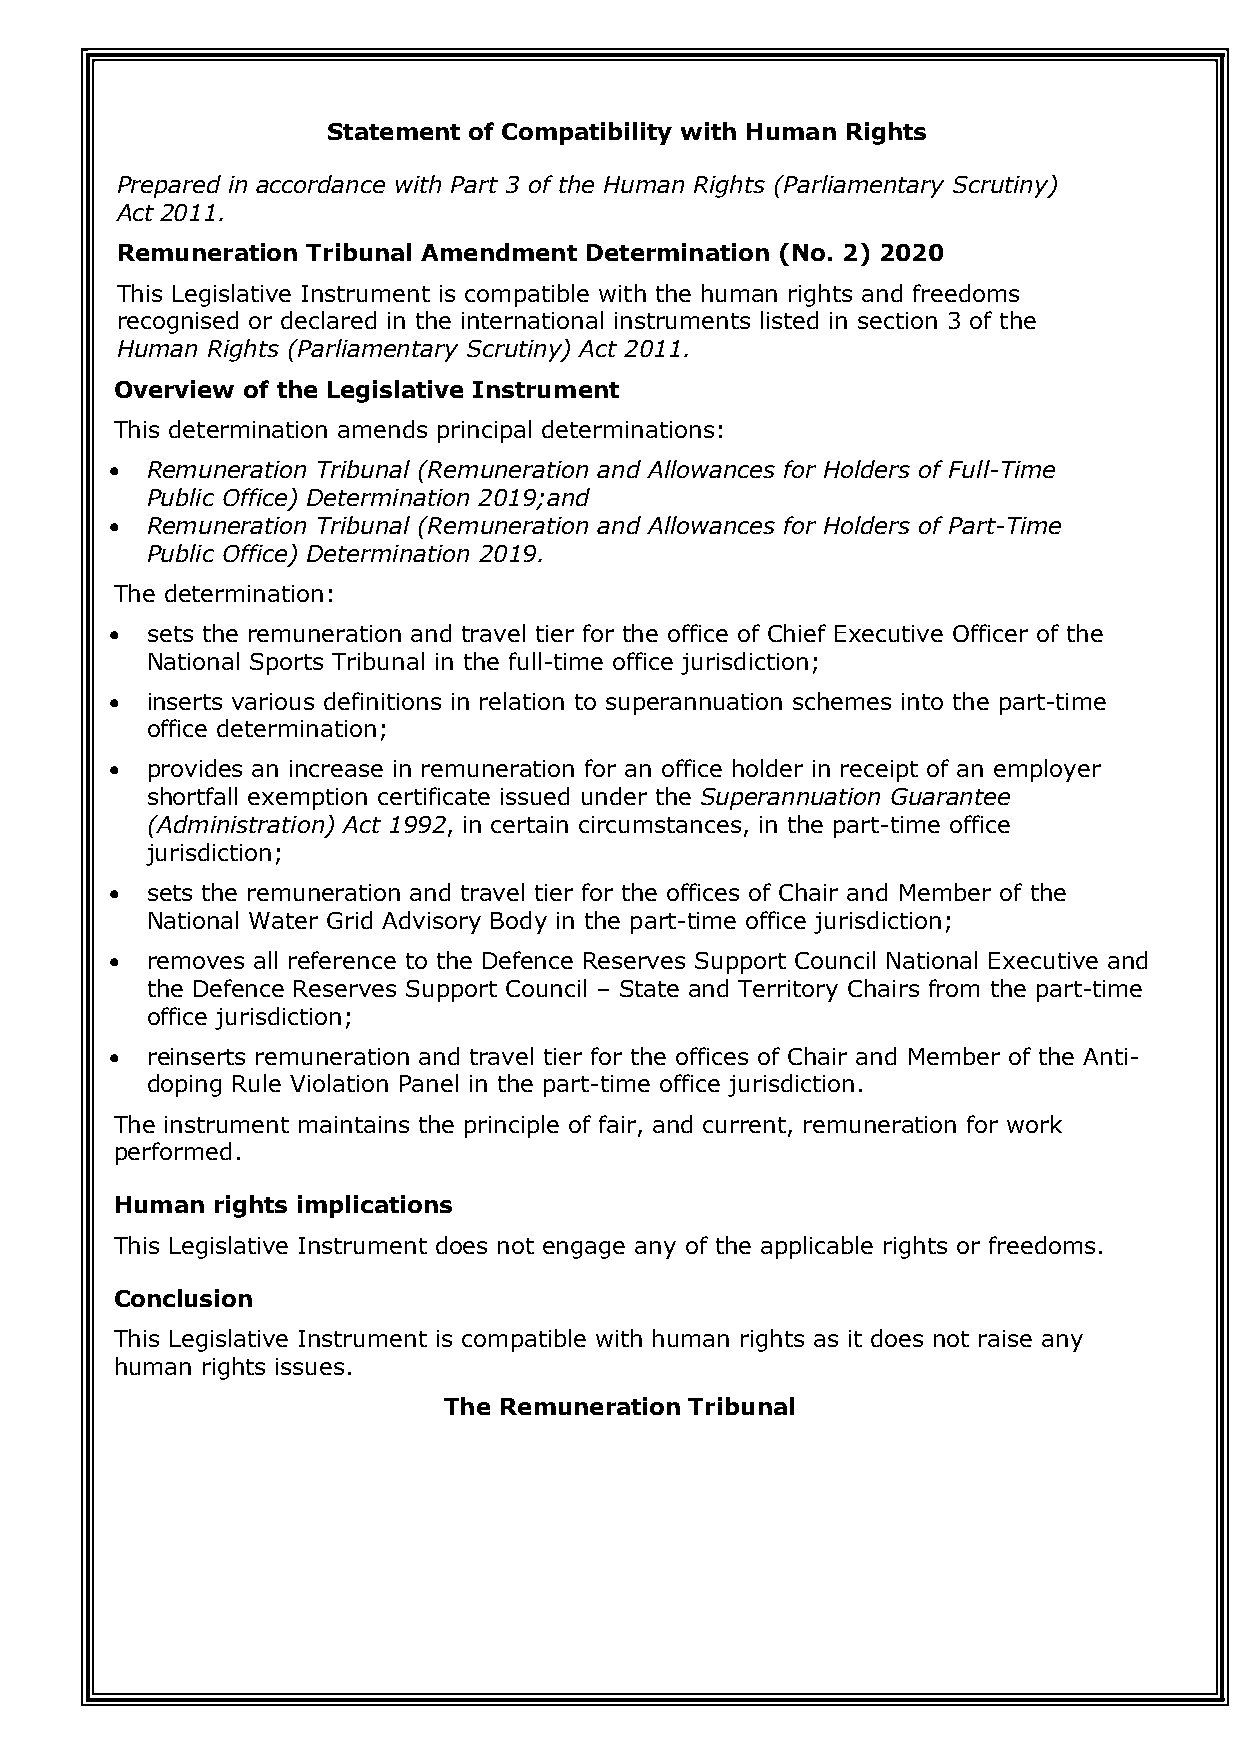
Statement of Compatibility with Human Rights
 Prepared in accordance with Part 3 of the Human Rights (Parliamentary Scrutiny)
 Act 2011.
 Remuneration Tribunal Amendment Determination (No. 2) 2020
 This Legislative Instrument is compatible with the human rights and freedoms
 recognised or declared in the international instruments listed in section 3 of the
 Human Rights (Parliamentary Scrutiny) Act 2011.
 Overview of the Legislative Instrument
 This determination amends principal determinations:
   Remuneration Tribunal (Remuneration and Allowances for Holders of Full-Time
 Public Office) Determination 2019;and
   Remuneration Tribunal (Remuneration and Allowances for Holders of Part-Time
 Public Office) Determination 2019.
 The determination:
   sets the remuneration and travel tier for the office of Chief Executive Officer of the
 National Sports Tribunal in the full-time office jurisdiction;
   inserts various definitions in relation to superannuation schemes into the part-time
 office determination;
   provides an increase in remuneration for an office holder in receipt of an employer
 shortfall exemption certificate issued under the Superannuation Guarantee
 (Administration) Act 1992, in certain circumstances, in the part-time office
 jurisdiction;
   sets the remuneration and travel tier for the offices of Chair and Member of the
 National Water Grid Advisory Body in the part-time office jurisdiction;
   removes all reference to the Defence Reserves Support Council National Executive and
 the Defence Reserves Support Council – State and Territory Chairs from the part-time
 office jurisdiction;
   reinserts remuneration and travel tier for the offices of Chair and Member of the Anti-
 doping Rule Violation Panel in the part-time office jurisdiction.
 The instrument maintains the principle of fair, and current, remuneration for work
 performed.
 Human rights implications
 This Legislative Instrument does not engage any of the applicable rights or freedoms.
 Conclusion
 This Legislative Instrument is compatible with human rights as it does not raise any
 human rights issues.
 The Remuneration Tribunal
 6